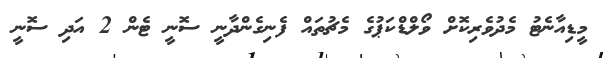
މީޑިއާނެޓު މެދުވެރިކޮށް ވޯލްޑްކަޕުގެ މެޗުތައް ފެނިގެންދާނީ ސޮނީ ޓެން 2 އަދި ސޮނީ